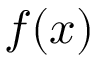
f ( x )